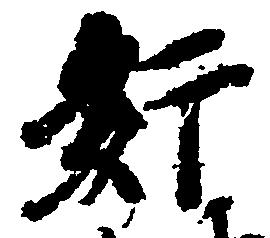
奸